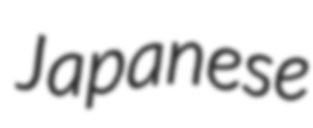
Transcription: Japanese